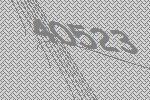
40523